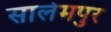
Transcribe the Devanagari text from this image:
सालेमपुर